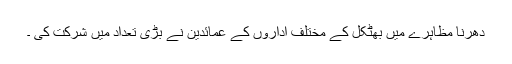
دھرنا مظاہرے میں بھٹکل کے مختلف اداروں کے عمائدین نے بڑی تعداد میں شرکت کی ۔